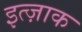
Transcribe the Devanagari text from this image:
इत्ज़ाक